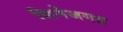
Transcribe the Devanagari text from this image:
सिनेजगत